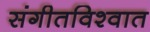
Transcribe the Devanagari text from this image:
संगीतविश्वात